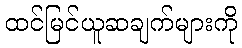
ထင်မြင်ယူဆချက်များကို